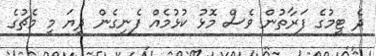
ދެ ޓީމުގެ ފަރާތުން ވެސް މޮޅު ކުޅުމެއް ފެނިގެން ދިޔަ މި މެޗުގެ